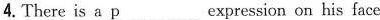
4.There is a \underline{p}expression on his face